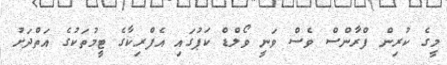
މީގެ ކުރިން ފްރާންސް ވެސް ވަނީ ވޯލްޑް ކަޕުގައި އެފްރިކާގެ ޓީމުތަކުގެ އަތްދަށު